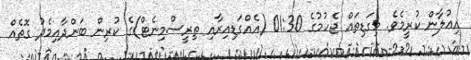
އިޢުލާން ކުރީމެވެ. މިގަޑިތައް ޖެހުމުގެ 01:30 (އެއްގަޑިއިރާއި ތިރީސްމިނެޓް)ގެ ކުރިން ބަންދާއިމެދު ގޮތެއް